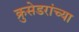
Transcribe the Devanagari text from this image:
क्रुसेडरांच्या